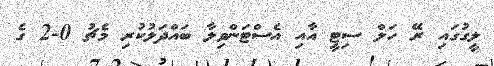
ލީގުގައި ރޭ ހަލް ސިޓީ އާއި އެސްޓަންވިލާ ބައްދަލުކުރި މެޗު 0-2 ގެ